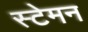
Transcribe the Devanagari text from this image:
स्टेमन